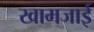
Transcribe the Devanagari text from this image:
खामजाई